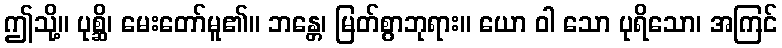
ဤသို့။ ပုစ္ဆိ၊ မေးတော်မူ၏။ ဘန္တေ၊ မြတ်စွာဘုရား။ ယော ဝါ သော ပုရိသော၊ အကြင်